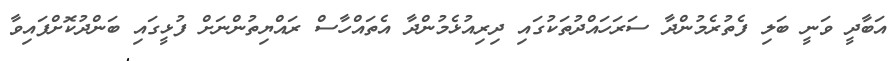
އަބާދީ ވަނީ ބަލި ފެތުރެމުންދާ ސަރަހައްދުތަކުގައި ދިރިއުޅެމުންދާ އެތައްހާސް ރައްޔިތުންނަށް ފުޅީގައި ބަންދުކޮށްފައިވާ